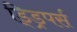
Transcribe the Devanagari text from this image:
ड्ड्रिपर्स